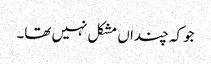
جو کہ چنداں مشکل نہیں تھا۔